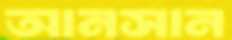
আনসান